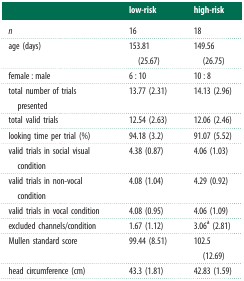
<table><thead><tr><td></td><td><b>low-risk</b></td><td><b>high-risk</b></td></tr></thead><tbody><tr><td><i>n</i></td><td>16</td><td>18</td></tr><tr><td>age (days)</td><td>153.81 (25.67)</td><td>149.56 (26.75)</td></tr><tr><td>female : male</td><td>6 : 10</td><td>10 : 8</td></tr><tr><td>total number of trials presented</td><td>13.77 (2.31)</td><td>14.13 (2.96)</td></tr><tr><td>total valid trials</td><td>12.54 (2.63)</td><td>12.06 (2.46)</td></tr><tr><td>looking time per trial (%)</td><td>94.18 (3.2)</td><td>91.07 (5.52)</td></tr><tr><td>valid trials in social visual condition</td><td>4.38 (0.87)</td><td>4.06 (1.03)</td></tr><tr><td>valid trials in non-vocal condition</td><td>4.08 (1.04)</td><td>4.29 (0.92)</td></tr><tr><td>valid trials in vocal condition</td><td>4.08 (0.95)</td><td>4.06 (1.09)</td></tr><tr><td>excluded channels/condition</td><td>1.67 (1.12)</td><td>3.06<sup>a</sup> (2.81)</td></tr><tr><td>Mullen standard score</td><td>99.44 (8.51)</td><td>102.5 (12.69)</td></tr><tr><td>head circumference (cm)</td><td>43.3 (1.81)</td><td>42.83 (1.59)</td></tr></tbody></table>